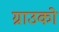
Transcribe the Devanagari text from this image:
ग्राउको